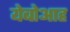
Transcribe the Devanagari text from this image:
येबोआह